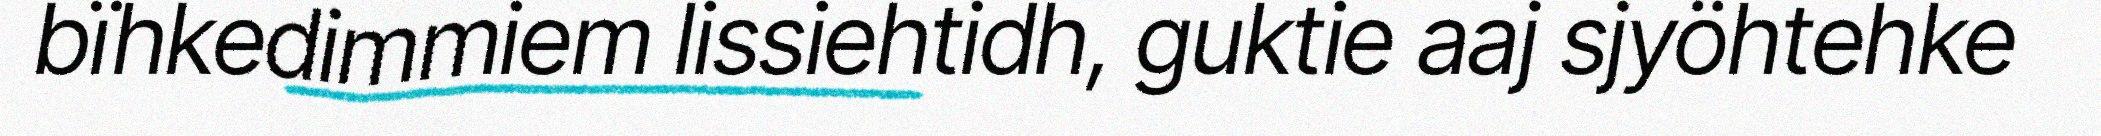
bïhkedimmiem lissiehtidh, guktie aaj sjyöhtehke